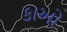
કાઓ